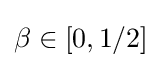
\beta \in [0,1/2]